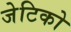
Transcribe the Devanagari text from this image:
जेटिको